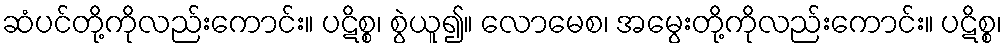
ဆံပင်တို့ကိုလည်းကောင်း။ ပဋိစ္စ၊ စွဲယူ၍။ လောမေစ၊ အမွေးတို့ကိုလည်းကောင်း။ ပဋိစ္စ၊